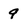
Character: 9